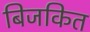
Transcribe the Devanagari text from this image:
बिजकित